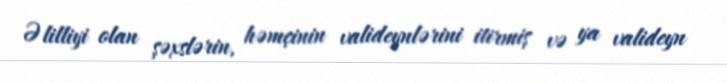
Əlilliyi olan şəxslərin, həmçinin valideynlərini itirmiş və ya valideyn